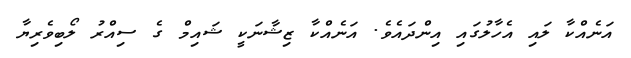
އަނެއްކާ ލައި އެހާލުގައި އިންދައެވެ. އަނެއްކާ ޒިޝާނަކީ ޝައިމް ގެ ސިއްރު ލޯބިވެރިޔާ